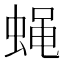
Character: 蝇